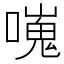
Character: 𠿯